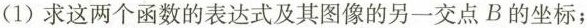
(1)求这两个函数的表达式及其图像的另一交点B的坐标；